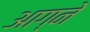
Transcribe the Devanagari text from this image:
आग्ने